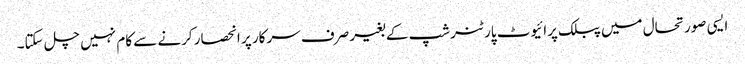
ایسی صورتحال میں پبلک پرائیوٹ پارٹنرشپ کے بغیر صرف سرکار پر انحصار کرنے سے کام نہیں چل سکتا۔